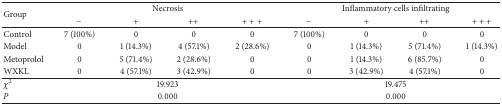
| <ROWSPAN=2> Group | <COLSPAN=4> Necrosis | <COLSPAN=4> Inflammatory cells infiltrating |
 | − | + | ++ | +++ | − | + | ++ | +++ |
 | --- | --- | --- | --- | --- | --- | --- | --- | --- |
 | Control | 7 (100%) | 0 | 0 | 0 | 7 (100%) | 0 | 0 | 0 |
 | Model | 0 | 1 (14.3%) | 4 (57.1%) | 2 (28.6%) | 0 | 1 (14.3%) | 5 (71.4%) | 1 (14.3%) |
 | Metoprolol | 0 | 5 (71.4%) | 2 (28.6%) | 0 | 0 | 1 (14.3%) | 6 (85.7%) | 0 |
 | WXKL | 0 | 4 (57.1%) | 3 (42.9%) | 0 | 0 | 3 (42.9%) | 4 (57.1%) | 0 |
 | χ2 | <COLSPAN=4> 19.923 | <COLSPAN=4> 19.475 |
 | P | <COLSPAN=4> 0.000 | <COLSPAN=4> 0.000 |